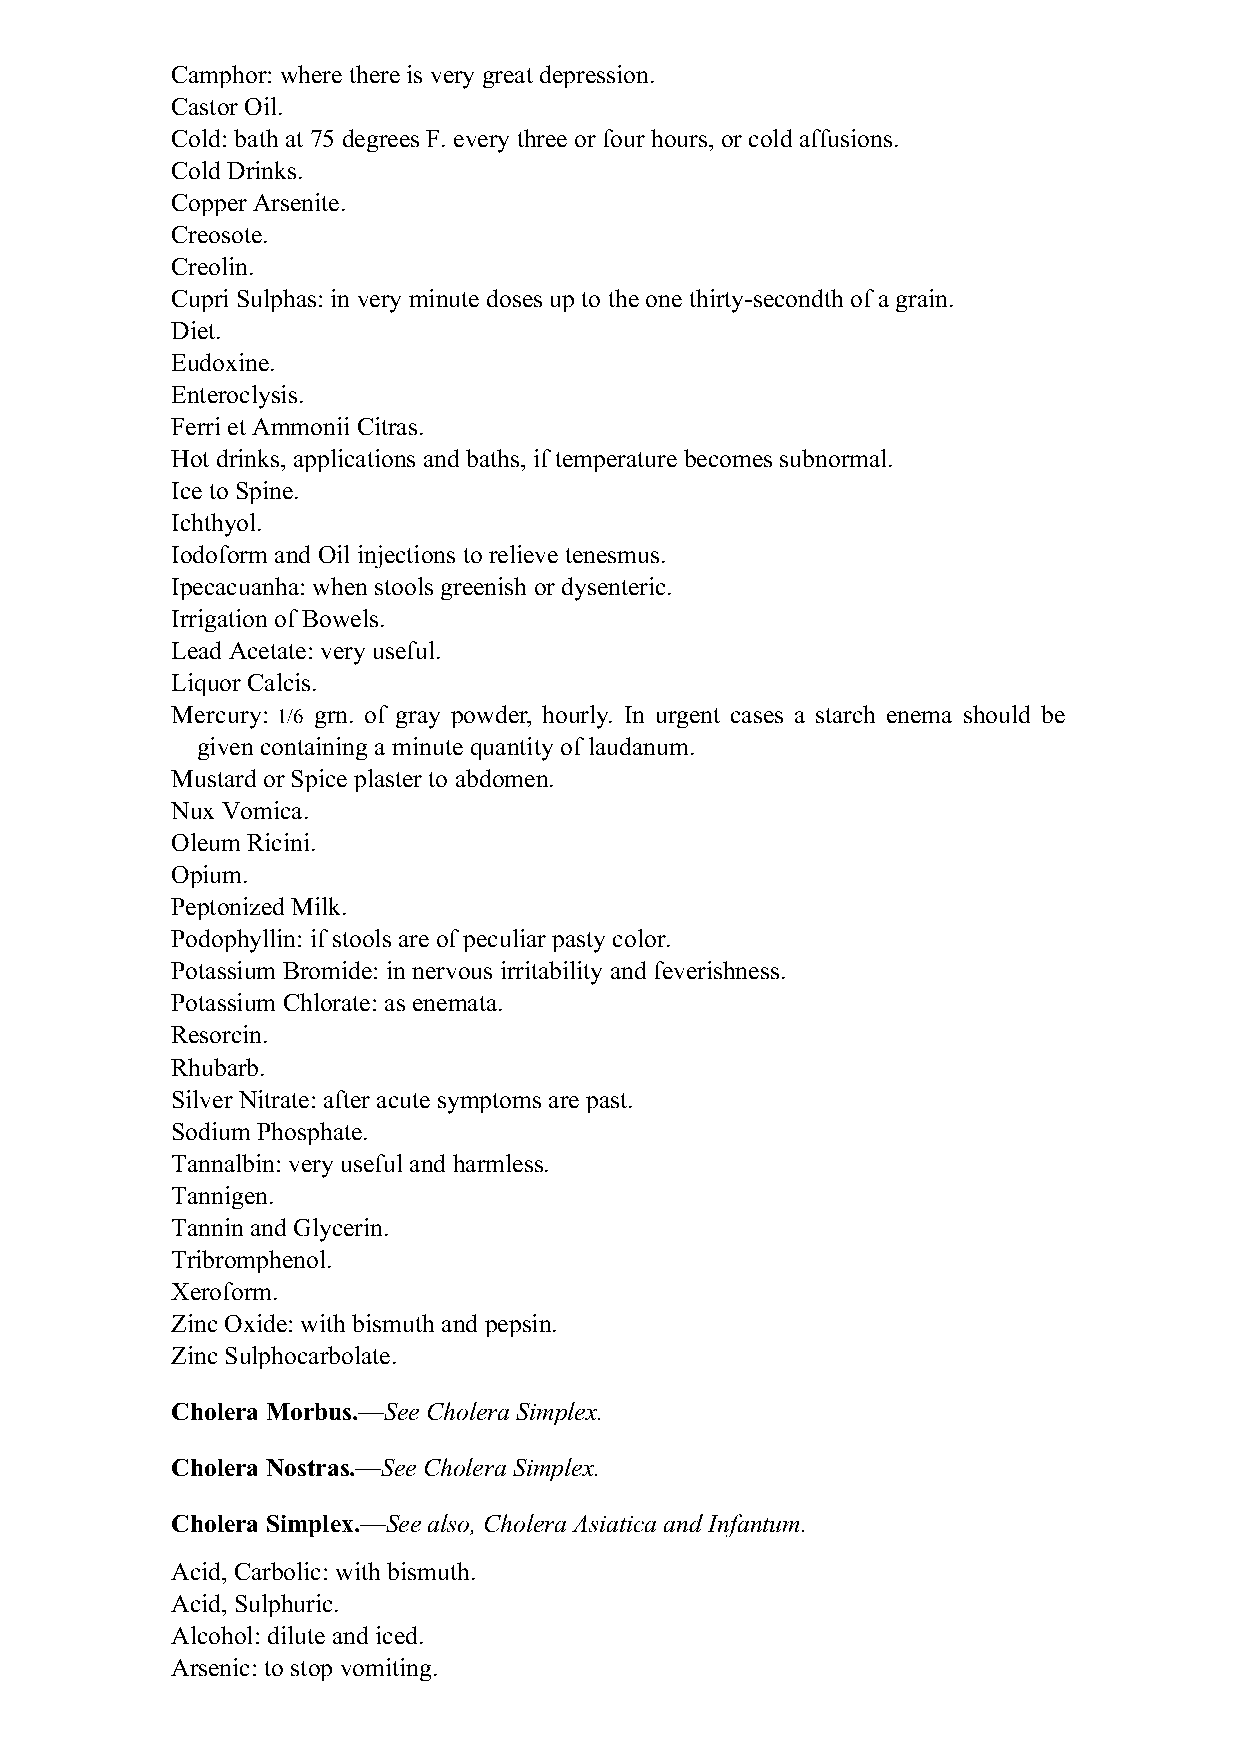
Camphor: where there is very great depression.
 Castor Oil.
 Cold: bath at 75 degrees F. every three or four hours, or cold affusions.
 Cold Drinks.
 Copper Arsenite.
 Creosote.
 Creolin.
 Cupri Sulphas: in very minute doses up to the one thirty-secondth of a grain.
 Diet.
 Eudoxine.
 Enteroclysis.
 Ferri et Ammonii Citras.
 Hot drinks, applications and baths, if temperature becomes subnormal.
 Ice to Spine.
 Ichthyol.
 Iodoform and Oil injections to relieve tenesmus.
 Ipecacuanha: when stools greenish or dysenteric.
 Irrigation of Bowels.
 Lead Acetate: very useful.
 Liquor Calcis.
 Mercury: 1/6 grn. of gray powder, hourly. In urgent cases a starch enema should be
 given containing a minute quantity of laudanum.
 Mustard or Spice plaster to abdomen.
 Nux Vomica.
 Oleum Ricini.
 Opium.
 Peptonized Milk.
 Podophyllin: if stools are of peculiar pasty color.
 Potassium Bromide: in nervous irritability and feverishness.
 Potassium Chlorate: as enemata.
 Resorcin.
 Rhubarb.
 Silver Nitrate: after acute symptoms are past.
 Sodium Phosphate.
 Tannalbin: very useful and harmless.
 Tannigen.
 Tannin and Glycerin.
 Tribromphenol.
 Xeroform.
 Zinc Oxide: with bismuth and pepsin.
 Zinc Sulphocarbolate.
 Cholera Morbus.—See Cholera Simplex.
 Cholera Nostras.—See Cholera Simplex.
 Cholera Simplex.—See also, Cholera Asiatica and Infantum.
 Acid, Carbolic: with bismuth.
 Acid, Sulphuric.
 Alcohol: dilute and iced.
 Arsenic: to stop vomiting.